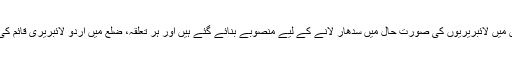
اردو مدارس میں لائبریریوں کی صورت حال میں سدھار لانے کے لیے منصوبے بنائے گئے ہیں اور ہر تعلقہ، ضلع میں اُردو لائبریری قائم کی جائے گی۔